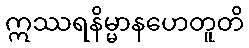
ဣဿရနိမ္မာနဟေတူတိ